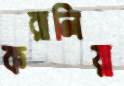
করালিয়া